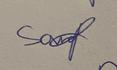
Signature authenticity: genuine